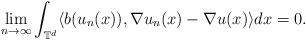
LaTeX: \begin{align*}\lim_{n\rightarrow\infty}\int_{\mathbb{T}^d} \langle b(u_n(x)), \nabla u_n(x) - \nabla u(x)\rangle dx = 0 .\end{align*}